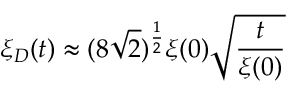
\xi _ { D } ( t ) \approx ( 8 \sqrt { 2 } ) ^ { \frac { 1 } { 2 } } \xi ( 0 ) \sqrt { \frac { t } { \xi ( 0 ) } }